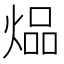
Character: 煰